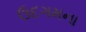
ઉદગમના